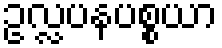
ဥလ္လပနပစ္စယာ